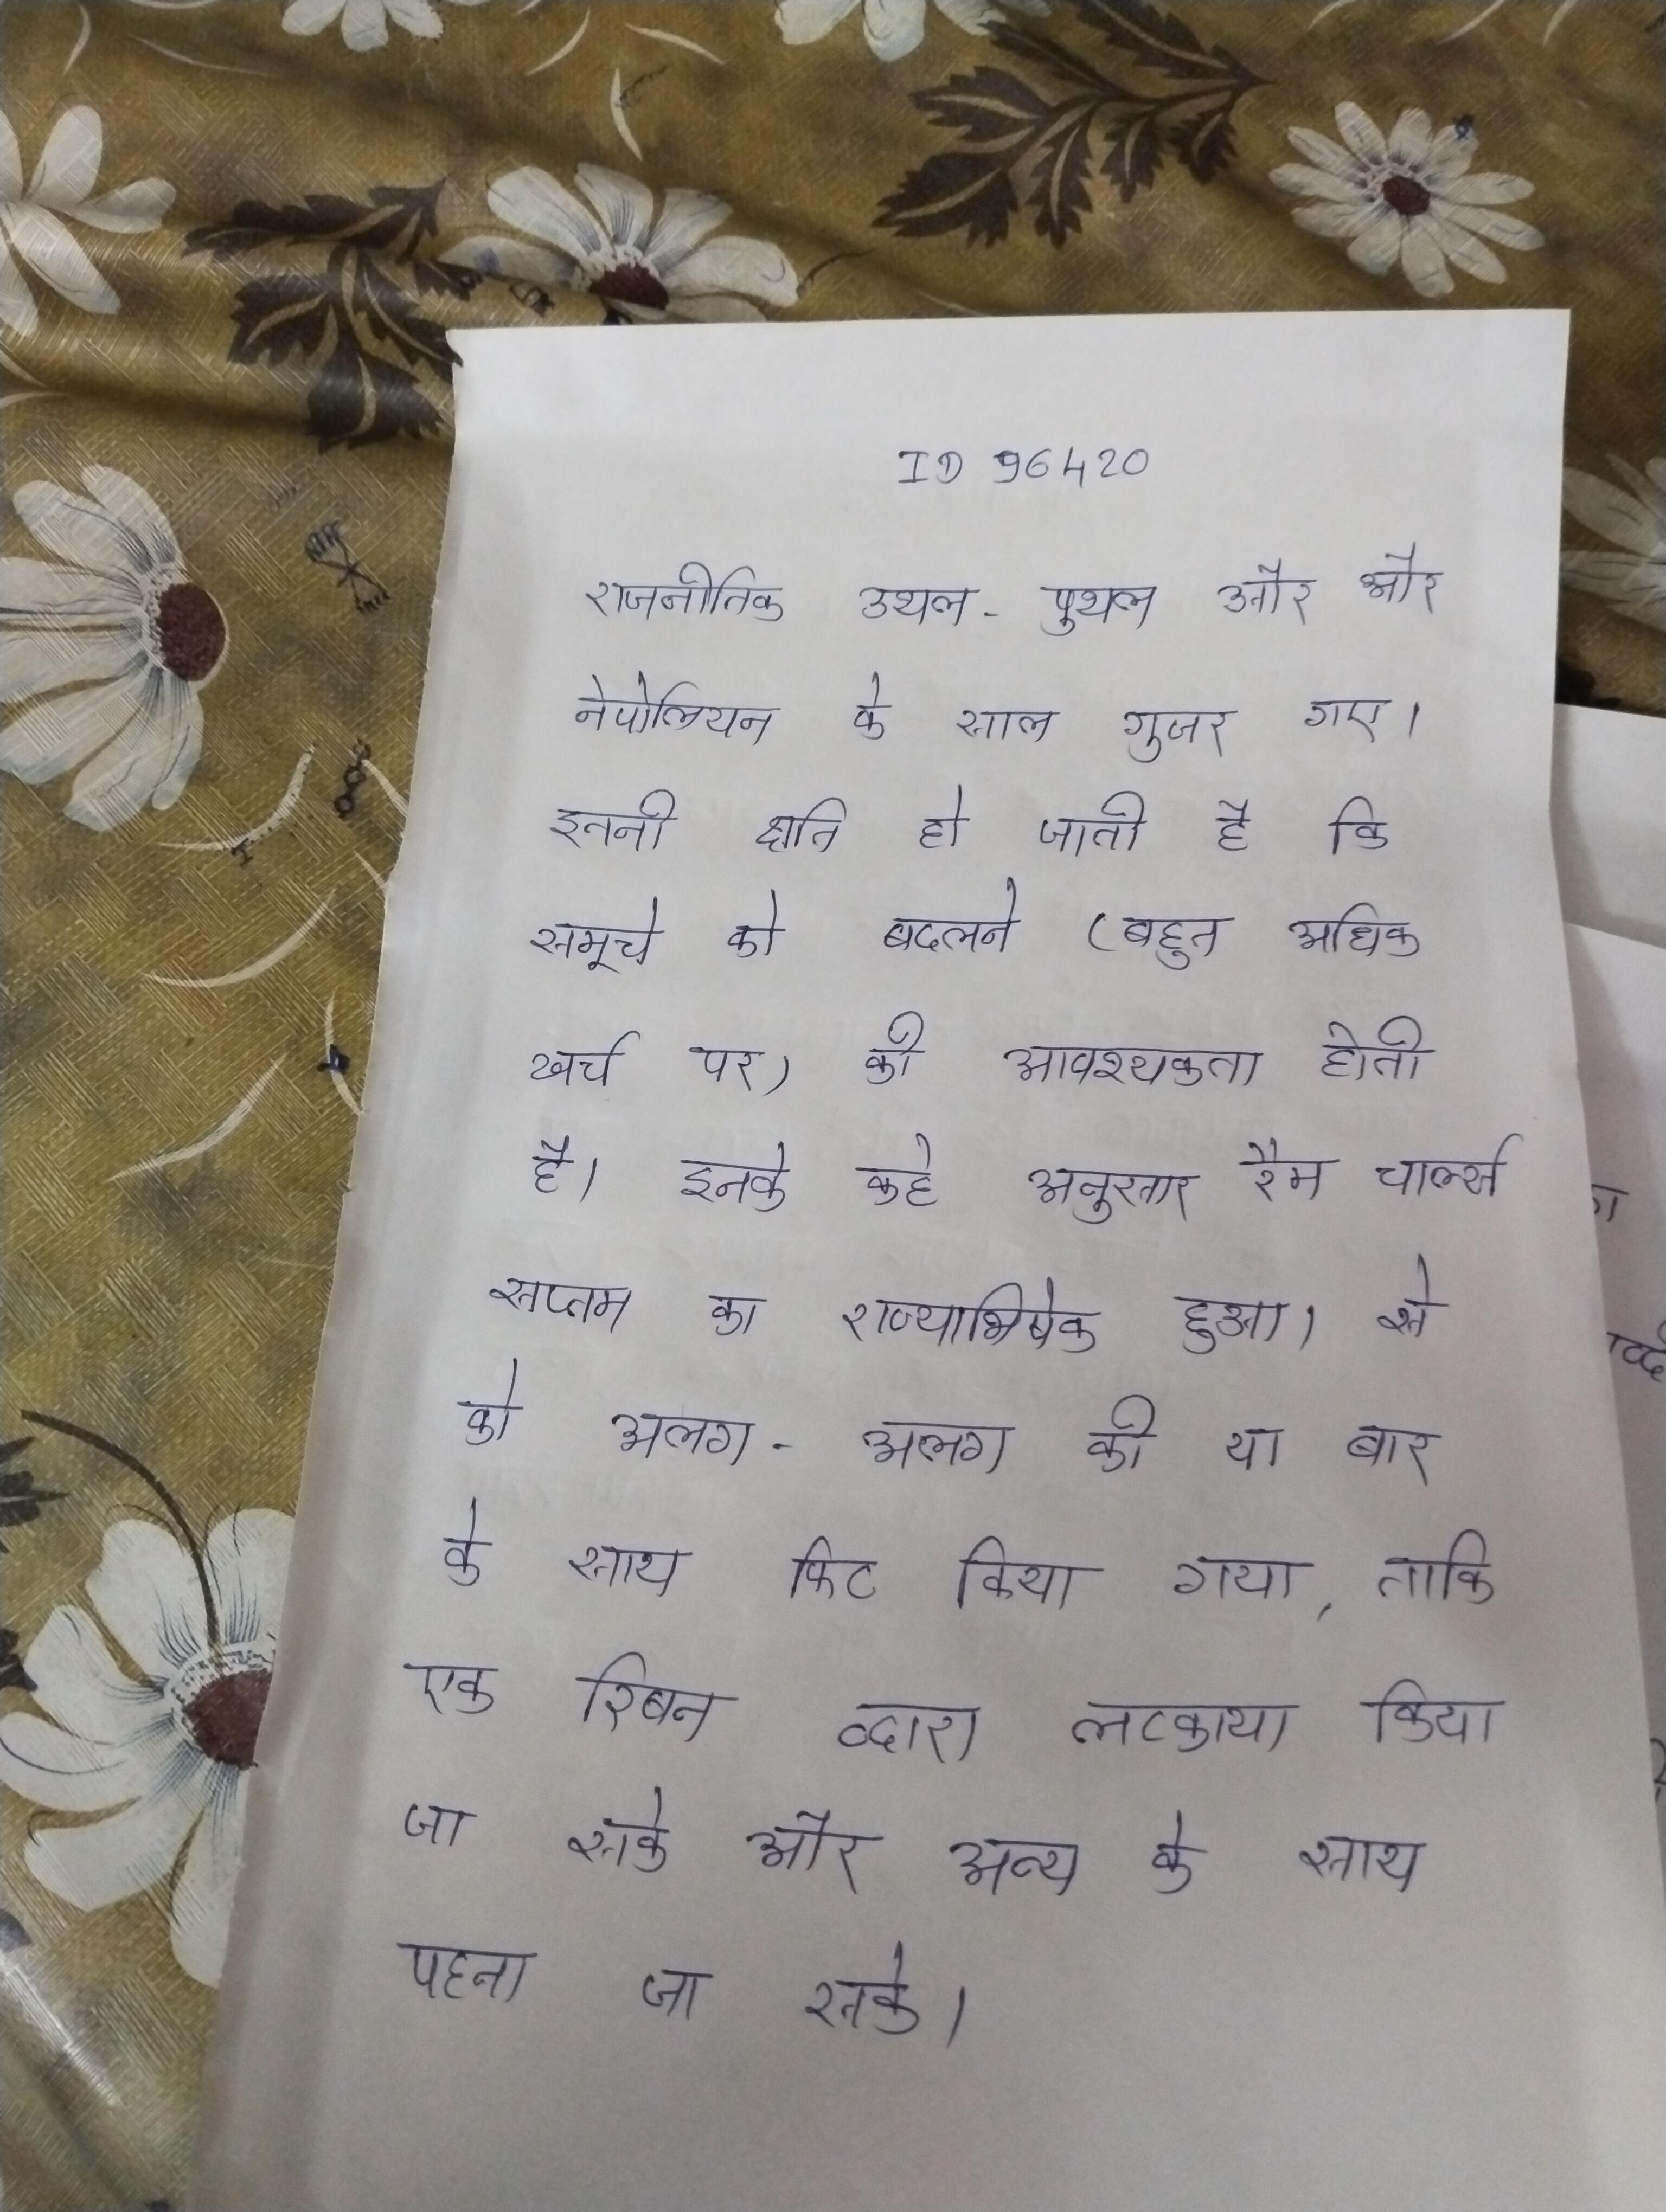
राजनीतिक उथल-पुथल और और नेपोलियन के साल गुजर गए । इतनी क्षति हो जाती है कि समूचे को बदलने (बहुत अधिक खर्च पर) की आवश्यकता होती है । इनके कहे अनुसार रैम चार्ल्स सप्तम का राज्याभिषेक हुआ । से को अलग-अलग की या बार के साथ फिट किया गया, ताकि एक रिबन द्वारा लटकाया किया जा सके और अन्य के साथ पहना जा सके ।